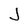
Character: J